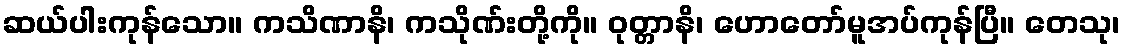
ဆယ်ပါးကုန်သော။ ကသိဏာနိ၊ ကသိုဏ်းတို့ကို။ ဝုတ္တာနိ၊ ဟောတော်မူအပ်ကုန်ပြီ။ တေသု၊